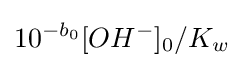
10^{-b_{0}}[OH^{-}]_{0}/K_{w^{}}